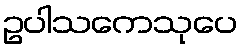
ဥပါသကေသုပေ